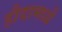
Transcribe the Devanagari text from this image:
हौदामध्यें